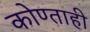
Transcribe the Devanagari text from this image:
कोण्ताही